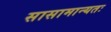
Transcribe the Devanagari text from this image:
सासामान्यतः